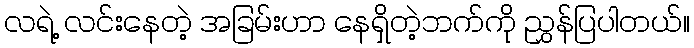
လရဲ့ လင်းနေတဲ့ အခြမ်းဟာ နေရှိတဲ့ဘက်ကို ညွှန်ပြပါတယ်။